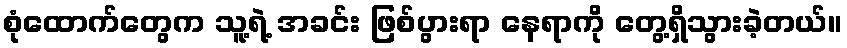
စုံထောက်တွေက သူ့ရဲ့ အခင်း ဖြစ်ပွားရာ နေရာကို တွေ့ရှိသွားခဲ့တယ်။